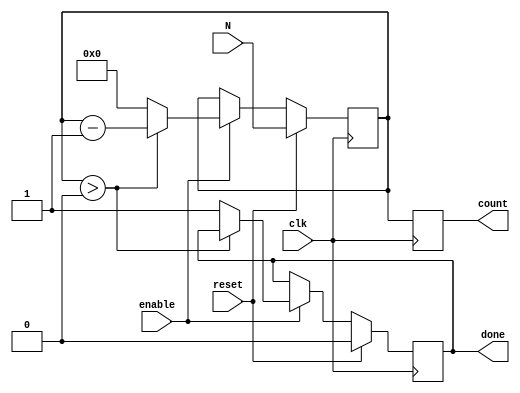
module down_counter (
    input wire clk,            // Clock signal
    input wire reset,          // Synchronous active-high reset
    input wire enable,         // Control signal to allow counting
    input wire [3:0] N,        // Initial value for the counter (4-bit width)
    output reg [3:0] count,     // Current count value (4-bit width)
    output reg done            // Signal to indicate when count reaches zero
);

    // Internal register to hold the current count value
    reg [3:0] current_count;

    // Synchronous reset and counting logic
    always @(posedge clk) begin
        if (reset) begin
            // Load the initial value N into the counter
            current_count <= N;
            count <= N;
            done <= 1'b0; // Done signal reset on load
        end else if (enable) begin
            if (current_count > 0) begin
                // Decrement the current count if not zero
                current_count <= current_count - 1;
            end else begin
                // If the count reaches zero, assert done signal
                done <= 1'b1;
                current_count <= 4'b0000; // Hold count at zero
            end
        end
        
        // Update count output
        count <= current_count;
    end

endmodule